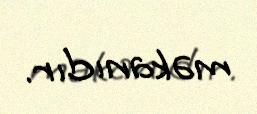
məkanıdır.